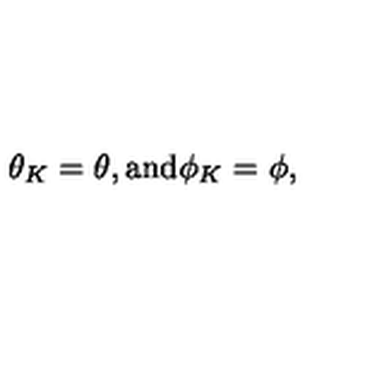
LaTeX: \theta _ { K } = \theta , \mathrm { a n d } \phi _ { K } = \phi ,